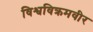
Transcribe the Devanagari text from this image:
विश्वविक्रमवीर